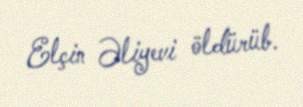
Elçin Əliyevi öldürüb.